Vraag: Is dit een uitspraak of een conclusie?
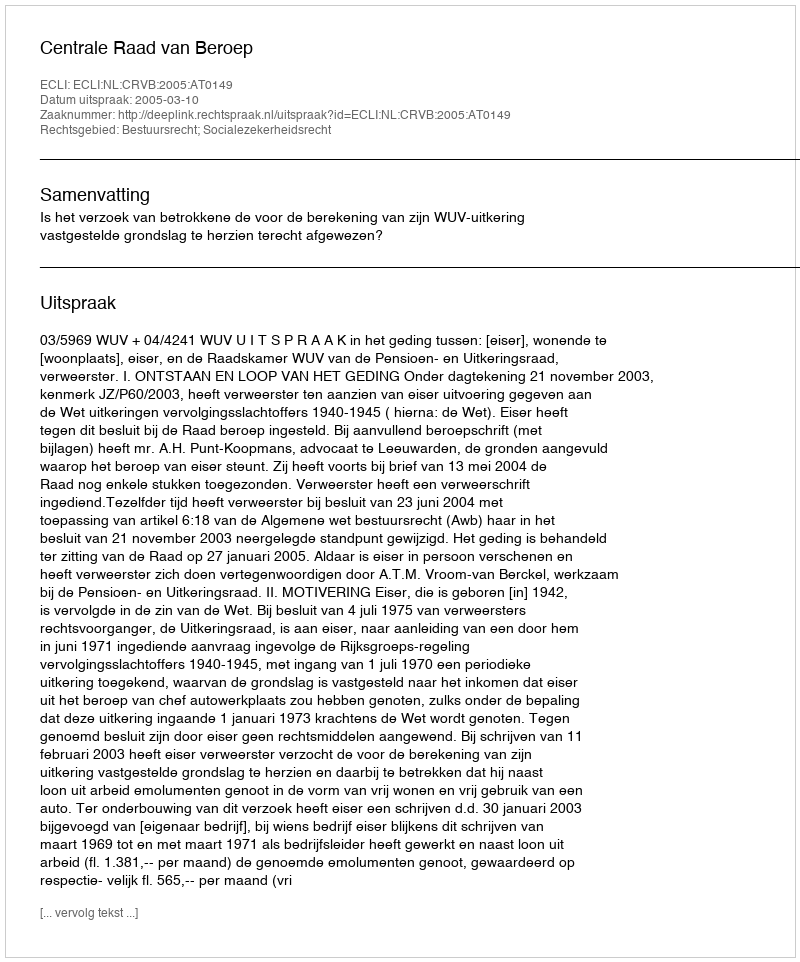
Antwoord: Uitspraak